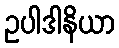
ဥပါဒါနိယာ